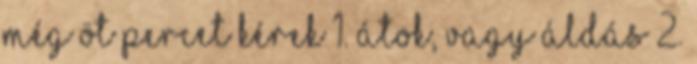
Még öt percet kérek 1. Átok, vagy Áldás 2.